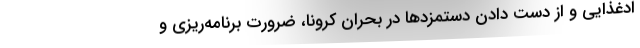
ادغذایی و از دست دادن دستمزدها در بحران کرونا، ضرورت برنامه‌ریزی و